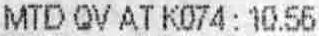
MTD QV AT K074 : 10.56